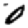
Digit: 0